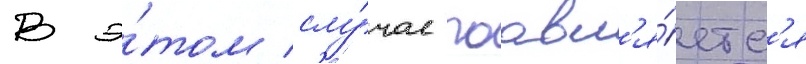
В э́том слу́чае поавл'я́етс'я